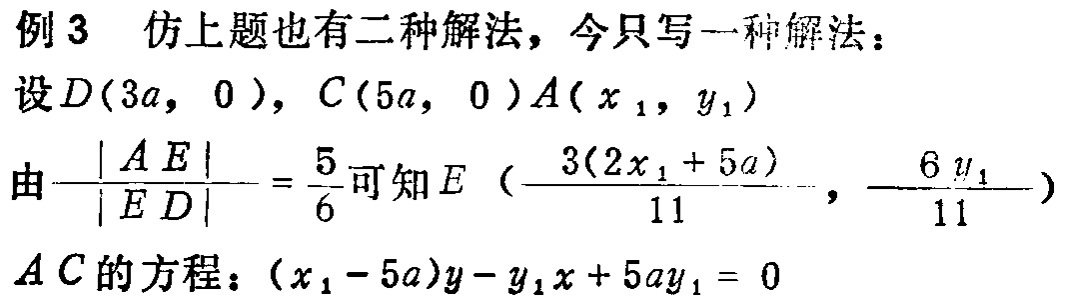
例3 仿上题也有二种解法，今只写一种解法：
设\(D(3a, 0)\)，\(C(5a, 0)A(x_1, y_1)\)
由\(\frac{|AE|}{|ED|}=\frac{5}{6}\)可知\(E (\frac{3(2x_1 + 5a)}{11}, \frac{- 6y_1}{11})\)
\(AC\)的方程：\((x_1 - 5a)y - y_1x + 5ay_1 = 0\)